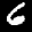
Label: 6